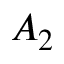
A _ { 2 }